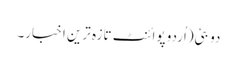
دو بئی(اُردو پوائنٹ تازہ ترین اخبار۔